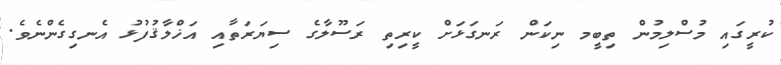
ކުރީގައި މުސްލިމުން ތިބީމ ނިކަން ރަނގަޅަށް ކީރިތި ރަސޫލާގެ ސިޔަރަތާއި އަޚްލާޤުފުޅު އެނގިގެންނެވެ.